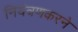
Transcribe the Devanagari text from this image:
नियंत्रणकरने